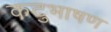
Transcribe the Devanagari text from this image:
कटुभाषण